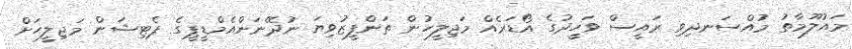
މައުލޫމާތު މުއްސަނދިވި ރައީސް ވަހީދުގެ އޯޑަރެއް މަޖިލީހުން ތަންފީޒުވިޔަ ނުދޭނަންއެމްޑީޕީގެ ޕެޓިޝަން މަޖިލީހަށް